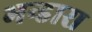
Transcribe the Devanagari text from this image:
भन्डारा